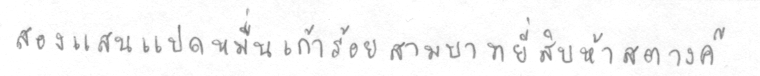
สองแสนแปดหมื่นเก้าร้อยสามบาทยี่สิบห้าสตางค์